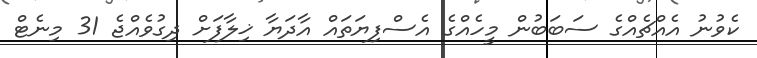
ކެވުނު އެއްޗެއްގެ ސަބަބުން މީހެއްގެ އެސްފިޔަތައް އާދަޔާ ޚިލާފަށް ދިގުވެއްޖެ 31 މިނެޓް